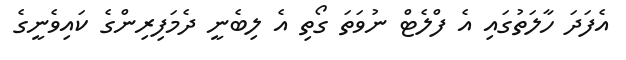
އެފަދަ ހާލަތުގައި އެ ފްލެޓް ނުވަތަ ގޯތި އެ ލިބެނީ ދެމަފިރިންގެ ކައިވެނީގެ